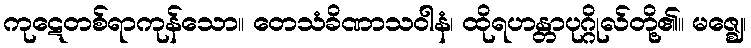
ကုဋေတစ်ရာကုန်သော။ တေသံခိဏာသဝါနံ၊ ထိုရဟန္တာပုဂ္ဂိုလ်တို့၏။ မဇ္ဈေ၊